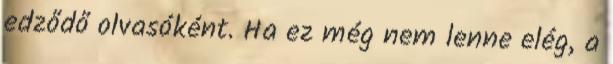
edződő olvasóként. Ha ez még nem lenne elég, a